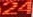
24